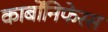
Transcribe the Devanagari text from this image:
कार्बोंनिफेरस